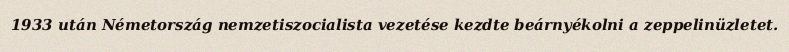
1933 után Németország nemzetiszocialista vezetése kezdte beárnyékolni a zeppelinüzletet.